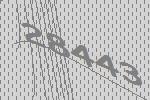
28443